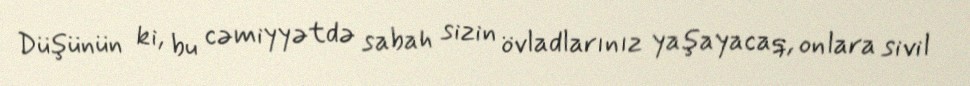
Düşünün ki, bu cəmiyyətdə sabah sizin övladlarınız yaşayacaq, onlara sivil